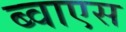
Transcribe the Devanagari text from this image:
ब्वाएस